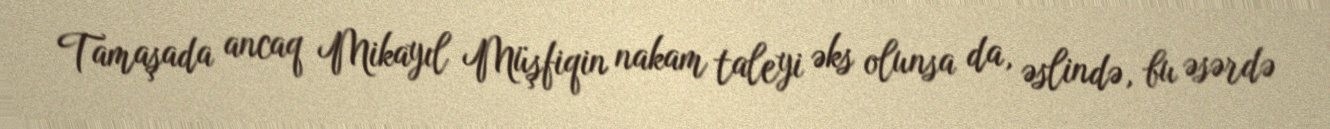
Tamaşada ancaq Mikayıl Müşfiqin nakam taleyi əks olunsa da, əslində, bu əsərdə